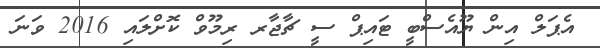
އެޕަލް އިން ޔޫއެސްބީ ޓައިޕް ސީ ޗާޖާރ ރިމޫވް ކޮށްލައި 2016 ވަނަ